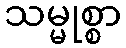
သမ္မုစ္စာ